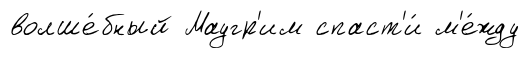
волше́бный Маугр'им спаст'и́ м'е́жду